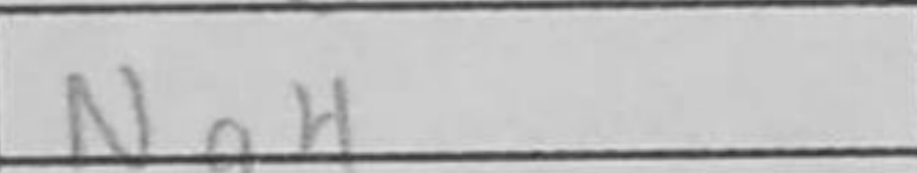
Transcription: Ng4